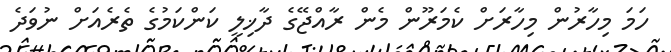
ހަމަ މިހާރުން މިހާރަށް ކެމަރޫން މެން ރާއްޖޭގެ ދާޚިލީ ކަންކަމުގެ ތެރެއަށް ނުވަދެ